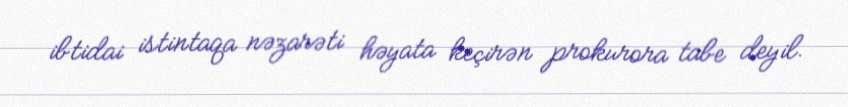
ibtidai istintaqa nəzarəti həyata keçirən prokurora tabe deyil.